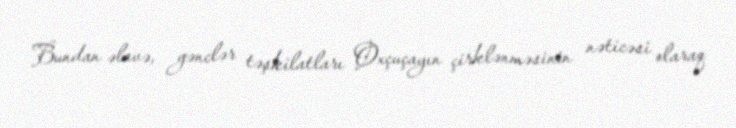
Bundan əlavə, gənclər təşkilatları Oxçuçayın çirklənməsinin nəticəsi olaraq